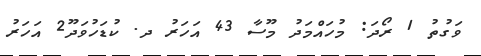
ވަގުތު 1 ރޯދަ: މުހައްމަދު މޫސާ 43 އަހަރު ދ. ކުޑަހުވަދޫ2 އަހަރު